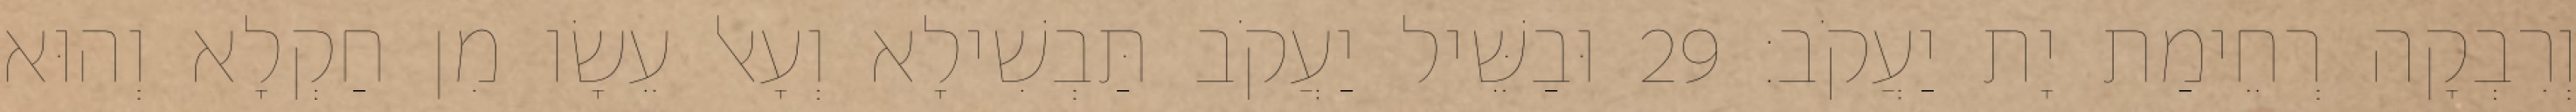
וְרִבְקָה רְחֵימַת יָת יַעֲקֹב׃ 29 וּבַשֵּׁיל יַעֲקֹב תַּבְשִׁילָא וְעָאל עֵשָׂו מִן חַקְלָא וְהוּא